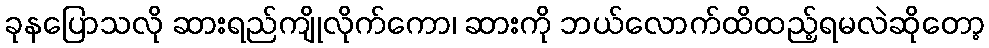
ခုနပြောသလို ဆားရည်ကျိုလိုက်ကော၊ ဆားကို ဘယ်လောက်ထိထည့်ရမလဲဆိုတော့